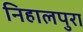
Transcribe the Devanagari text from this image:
निहालपुरा